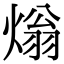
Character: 𤌏